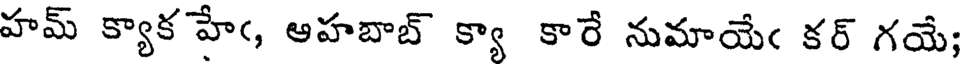
హమ్ క్యాక హేఁ, ఆహబాబ్ క్యా కారే నుమాయేఁ కర్ గయే;